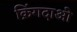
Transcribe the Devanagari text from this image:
क़िंगदाओ